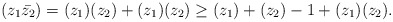
\begin{align*}&(z_1\bar{z_2}) = (z_1)(z_2) + (z_1)(z_2) \geq (z_1)+(z_2) - 1 + (z_1)(z_2).\end{align*}